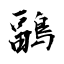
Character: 鶝